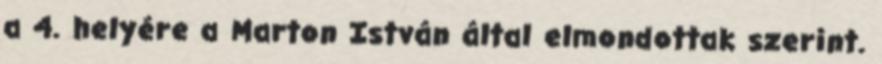
a 4. helyére a Marton István által elmondottak szerint.